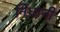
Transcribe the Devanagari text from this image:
निधानी